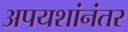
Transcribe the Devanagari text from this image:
अपयशांनंतर